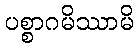
ပစ္စာဂမိဿာမိ